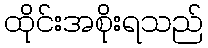
ထိုင်းအစိုးရသည်